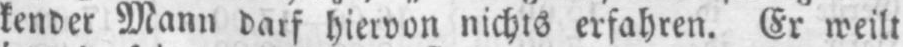
kender Mann darf hiervon nichts erfahren. Er weilt